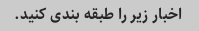
اخبار زیر را طبقه بندی کنید.